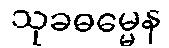
သုခဓမ္မေန